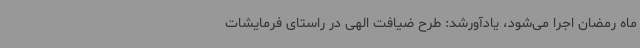
ماه رمضان اجرا می‌شود، یادآورشد: طرح ضیافت الهی در راستای فرمایشات